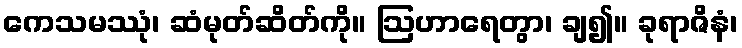
ကေသမဿုံ၊ ဆံမုတ်ဆိတ်ကို။ ဩဟာရေတွာ၊ ချ၍။ ခုရာဇိနံ၊